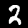
Label: 2